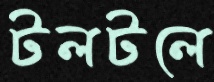
টলটলে